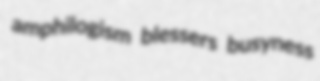
amphilogism blessers busyness